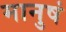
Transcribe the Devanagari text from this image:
मानुषं